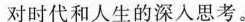
对时代和人生的深入思考。